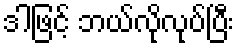
ဒါဖြင့် ဘယ်လိုလုပ်ပြီး